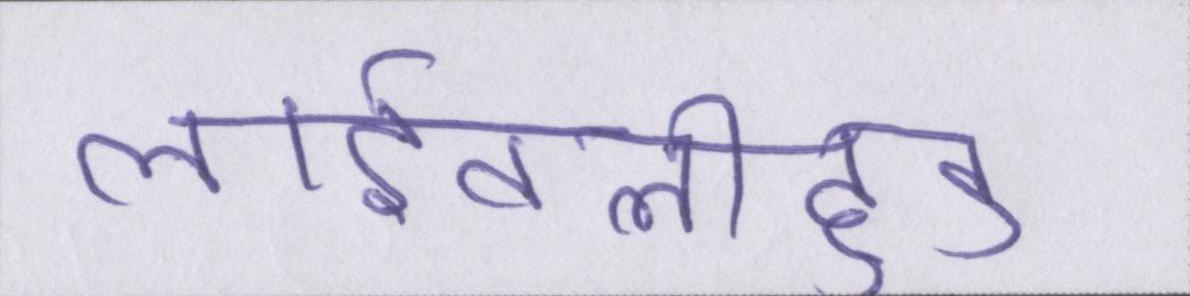
लाईवलीहुड